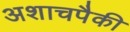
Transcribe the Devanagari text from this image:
अशाचपैकी